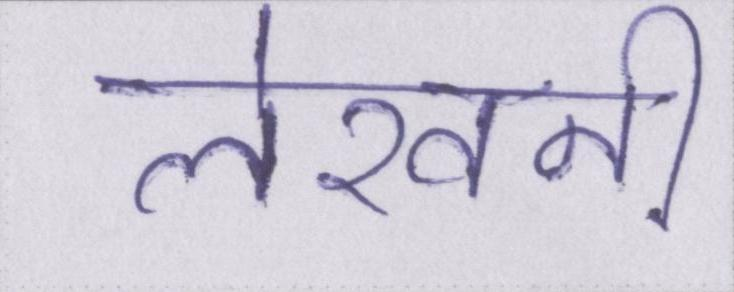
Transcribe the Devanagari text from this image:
लेखनी